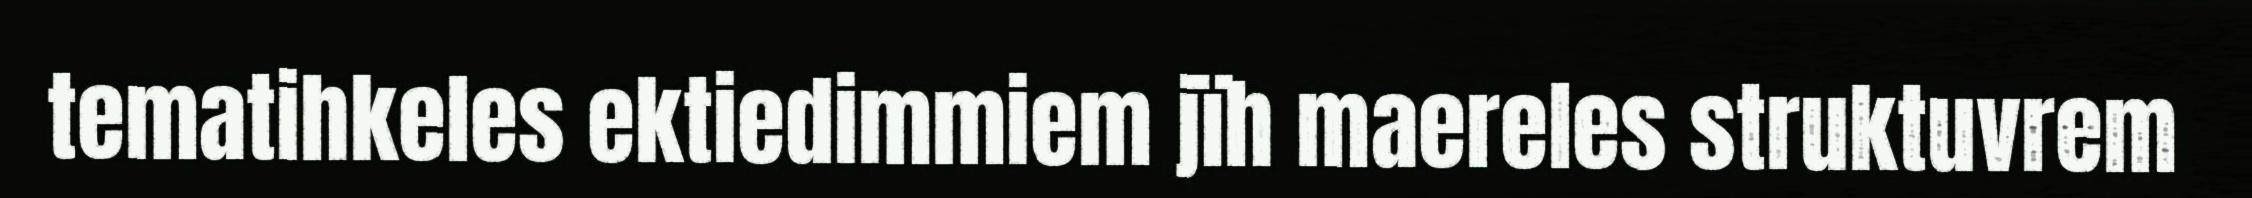
tematihkeles ektiedimmiem jïh maereles struktuvrem